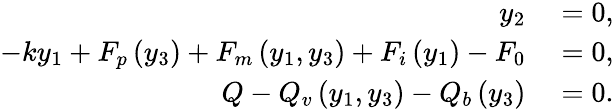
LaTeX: \begin{array}{rl}{y_{2}}&{{}=0,}\\ {-ky_{1}+F_{p}\left(y_{3}\right)+F_{m}\left(y_{1},y_{3}\right)+F_{i}\left(y_{1}\right)-F_{0}}&{{}=0,}\\ {Q-Q_{v}\left(y_{1},y_{3}\right)-Q_{b}\left(y_{3}\right)}&{{}=0.}\end{array}